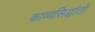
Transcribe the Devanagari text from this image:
काव्यसिद्धांतों